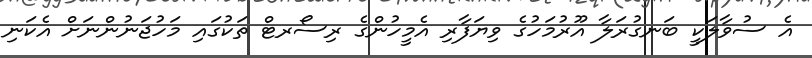
އެ ސުވާލަކީ ބަނގުރަލާ އޫރުމަހުގެ ވިޔަފާރި އެމީހުންގެ ރިސޯރޓް ތަކުގައި މަހުޖަނުންނަށް އެކަނި